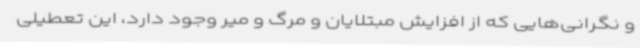
و نگرانی‌هایی که از افزایش مبتلایان و مرگ و میر وجود دارد، این تعطیلی